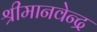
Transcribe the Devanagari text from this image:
श्रीमानवेन्द्र